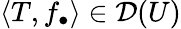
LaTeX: \langle T,f_{\bullet}\rangle\in{\mathcal{D}}(U)